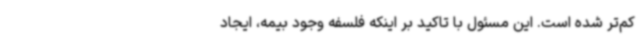
کم‌تر شده است. این مسئول با تاکید بر اینکه فلسفه وجود بیمه، ایجاد